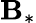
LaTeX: \mathbf{B}_{*}